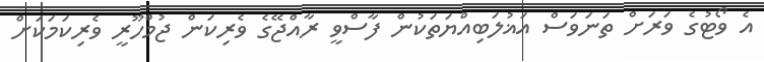
އެ ވޯޓުގެ ވަރަށް ތަނަވަސް އަޣުލަބިއްޔަތަކުން ފާސްވީ ރާއްޖޭގެ ވެރިކަން ޖުމްހޫރީ ވެރިކަމަކަށް